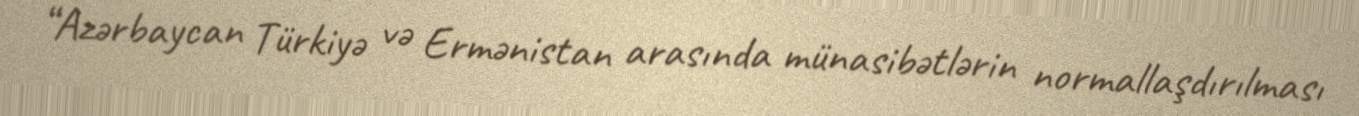
“Azərbaycan Türkiyə və Ermənistan arasında münasibətlərin normallaşdırılması